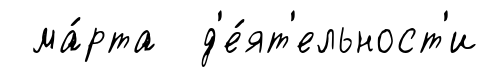
ма́рта д'е́ят'ельност'и